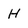
Character: H